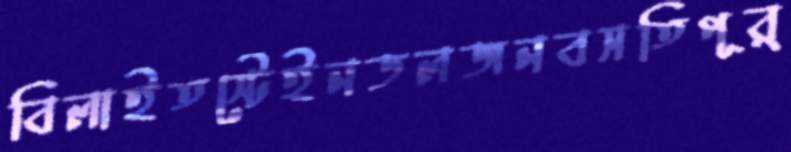
বিলাইতস্টেইনডলজনবসতিপূর্